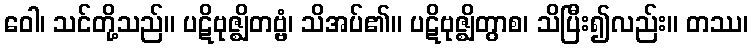
ဝေါ၊ သင်တို့သည်။ ပဋိဗုဇ္ဈိတဗ္ဗံ၊ သိအပ်၏။ ပဋိဗုဇ္ဈိတွာစ၊ သိပြီး၍လည်း။ တဿ၊